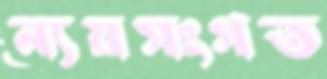
ন্যয়সংগত